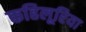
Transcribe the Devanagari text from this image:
कहिलूरिया